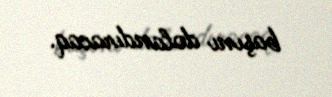
başını dolandıracaq.